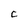
Character: C